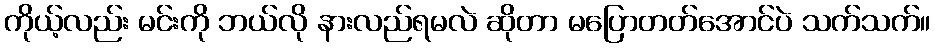
ကိုယ့်လည်း မင်းကို ဘယ်လို နားလည်ရမလဲ ဆိုတာ မပြောတတ်အောင်ပဲ သက်သက်။